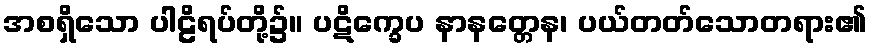
အစရှိသော ပါဠိရပ်တို့၌။ ပဋိက္ခေပ နာနတ္တေန၊ ပယ်တတ်သောတရား၏